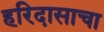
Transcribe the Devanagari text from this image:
हरिदासाचा